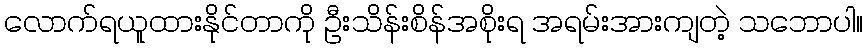
လောက်ရယူထားနိုင်တာကို ဦးသိန်းစိန်အစိုးရ အရမ်းအားကျတဲ့ သဘောပါ။